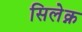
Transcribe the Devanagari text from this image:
सिलेक्न